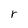
Character: r